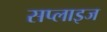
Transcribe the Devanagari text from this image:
सप्लाइज